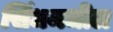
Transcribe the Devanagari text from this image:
सिंधमधील